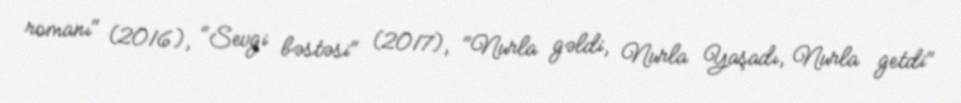
romanı" (2016), "Sevgi bəstəsi" (2017), "Nurla gəldi, Nurla Yaşadı, Nurla getdi"